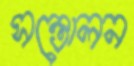
সন্তোলন